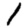
Digit: 1